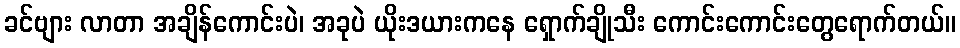
ခင်ဗျား လာတာ အချိန်ကောင်းပဲ၊ အခုပဲ ယိုးဒယားကနေ ရှောက်ချိုသီး ကောင်းကောင်းတွေရောက်တယ်။